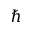
\hbar